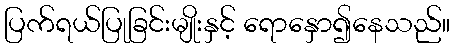
ပြက်ရယ်ပြုခြင်းမျိုးနှင့် ရောနှော၍နေသည်။